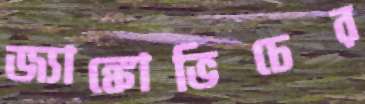
জ্যাঙ্কোভিচের